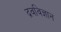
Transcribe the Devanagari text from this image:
द्रवविज्ञान